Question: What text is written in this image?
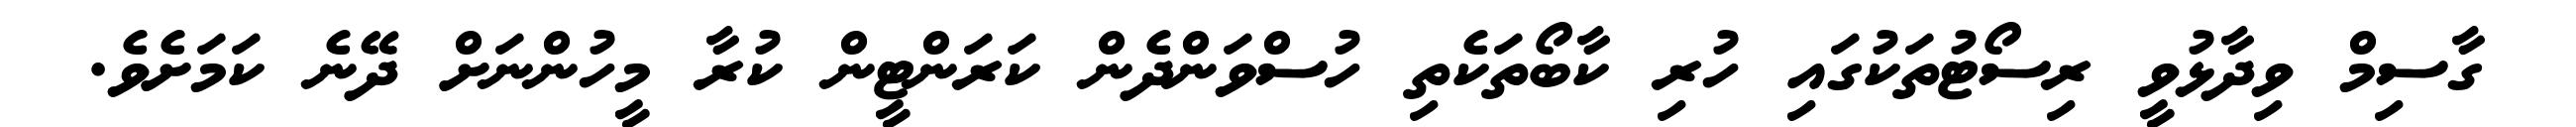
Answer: ގާސިމް ވިދާޅުވީ ރިސޯޓުތަކުގައި ހުރި ކާބޯތަކެތި ހުސްވަންދެން ކަރަންޓީން ކުރާ މީހުންނަށް ދޭނެ ކަމަށެވެ.